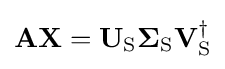
{\textstyle \mathbf {A} \mathbf {X} =\mathbf {U} _{\mathrm {S} }\mathbf {\Sigma } _{\mathrm {S} }\mathbf {V} _{\mathrm {S} }^{\dagger }}